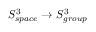
S _ { s p a c e } ^ { 3 } \rightarrow S _ { g r o u p } ^ { 3 }